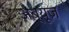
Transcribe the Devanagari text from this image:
अब्यूज़